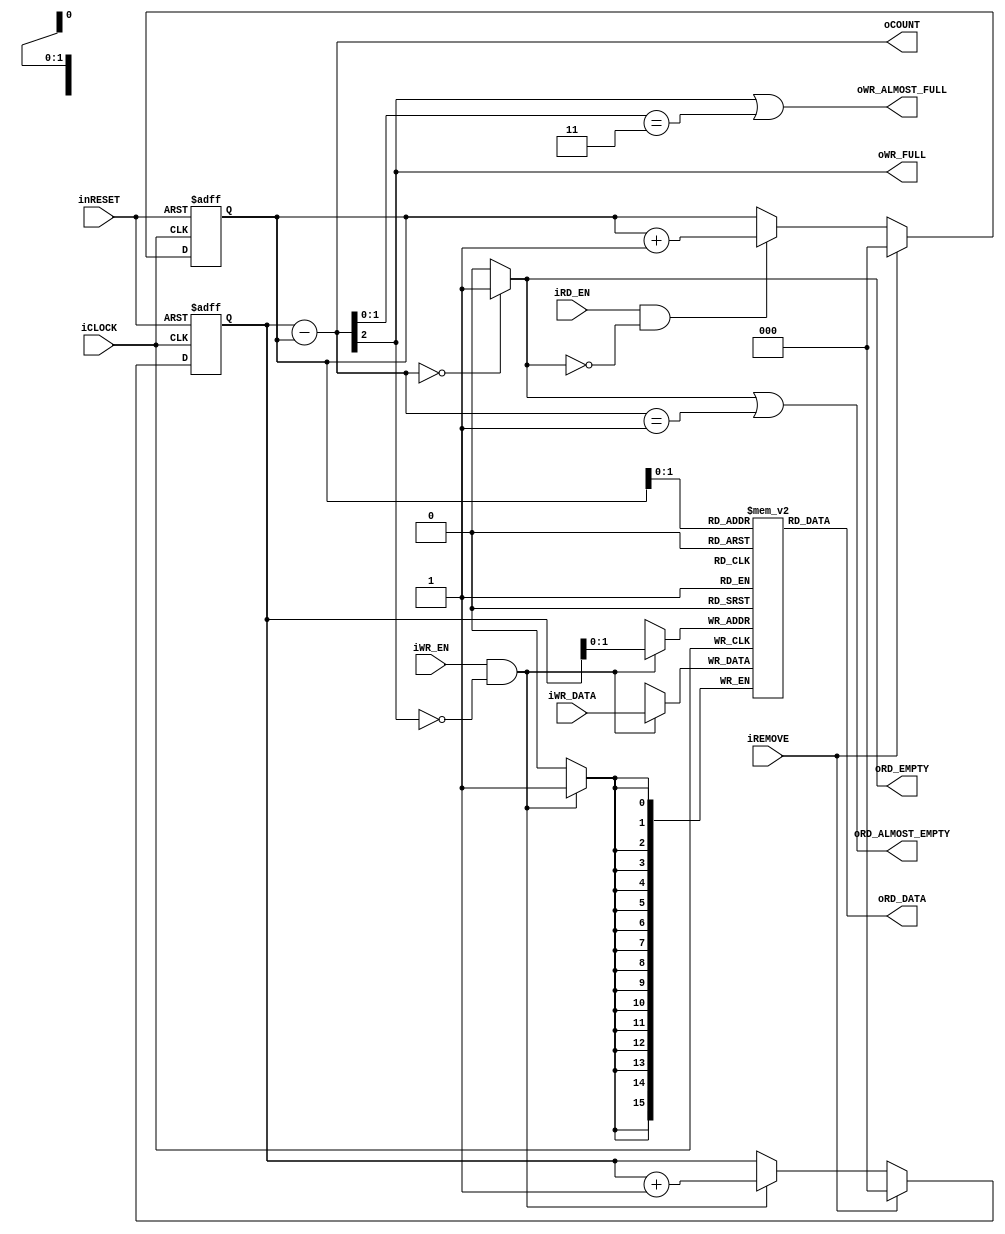
/**************************************************************************
Sync FIFO
	
-parameter P_N
	Queue data vector width
	Example : DATA[3:0] is P_N=4

-parameter P_DEPTH
	Queue entry depth
	Example P_DEPTH 16 is P_DEPTH=16

-parameter P_DEPTH_N
	Queue entry depth n size
	Example PARAMETER_DEPTH16 is 4
	
-Make	: 2013/2/13
-Update	: 

Takahiro Ito
**************************************************************************/


`default_nettype none


module gci_std_display_sync_fifo #(
		parameter P_N = 16,
		parameter P_DEPTH = 4,
		parameter P_DEPTH_N = 2
	)(
		//System
		input iCLOCK,
		input inRESET,
		input iREMOVE,
		//Counter
		output [P_DEPTH_N:0] oCOUNT,
		//WR
		input iWR_EN,
		input [P_N-1:0] iWR_DATA,
		output oWR_FULL,
		output oWR_ALMOST_FULL,
		//RD
		input iRD_EN,
		output [P_N-1:0] oRD_DATA,
		output oRD_EMPTY,
		output oRD_ALMOST_EMPTY
	);
	
	//Reg
	reg [P_DEPTH_N:0] b_write_pointer;
	reg [P_DEPTH_N:0] b_read_pointer;
	reg [P_N-1:0] b_memory [0:P_DEPTH-1];
	
	//Wire
	wire [P_DEPTH_N:0] count = b_write_pointer - b_read_pointer;
	wire full = count[P_DEPTH_N];
	wire empty = (count == {P_DEPTH_N+1{1'b0}})? 1'b1 : 1'b0;
	wire almost_full = full || (count[P_DEPTH_N-1:0] == {P_DEPTH_N{1'b1}});
	wire almost_empty = empty || (count[P_DEPTH_N:0] == {{P_DEPTH_N{1'b0}}, 1'b1});
	wire read_condition = iRD_EN && !empty;
	wire write_condition = iWR_EN && !full;
	
	/****************************************
	Memory / Counter
	****************************************/
	//Memory
	always@(posedge iCLOCK)begin
		if(write_condition)begin
			b_memory [b_write_pointer[P_DEPTH_N-1:0]] <= iWR_DATA;
		end
	end //Memory
	
	//Write
	always@(posedge iCLOCK or negedge inRESET)begin
		if(!inRESET)begin
			b_write_pointer <= {P_DEPTH_N+1{1'b0}};
		end
		else if(iREMOVE)begin
			b_write_pointer <= {P_DEPTH_N+1{1'b0}};
		end
		else begin
			if(write_condition)begin
				b_write_pointer <= b_write_pointer + {{P_DEPTH_N-1{1'b0}}, 1'b1};				
			end
		end
	end //Write always
	
	//Read
	always@(posedge iCLOCK or negedge inRESET)begin
		if(!inRESET)begin
			b_read_pointer <= {P_DEPTH_N+1{1'b0}};
		end
		else if(iREMOVE)begin
			b_read_pointer <= {P_DEPTH_N+1{1'b0}};
		end
		else begin
			if(read_condition)begin
				b_read_pointer <= b_read_pointer + {{P_DEPTH_N-1{1'b0}}, 1'b1};
			end
		end
	end //Read always
	
	//Assign
	assign oRD_DATA = b_memory[b_read_pointer[P_DEPTH_N-1:0]];
	assign oRD_EMPTY = empty;
	assign oRD_ALMOST_EMPTY = almost_empty;
	
	assign oWR_FULL = full;
	assign oWR_ALMOST_FULL = almost_full;
	assign oCOUNT = count[P_DEPTH_N:0];
	
endmodule


`default_nettype wire